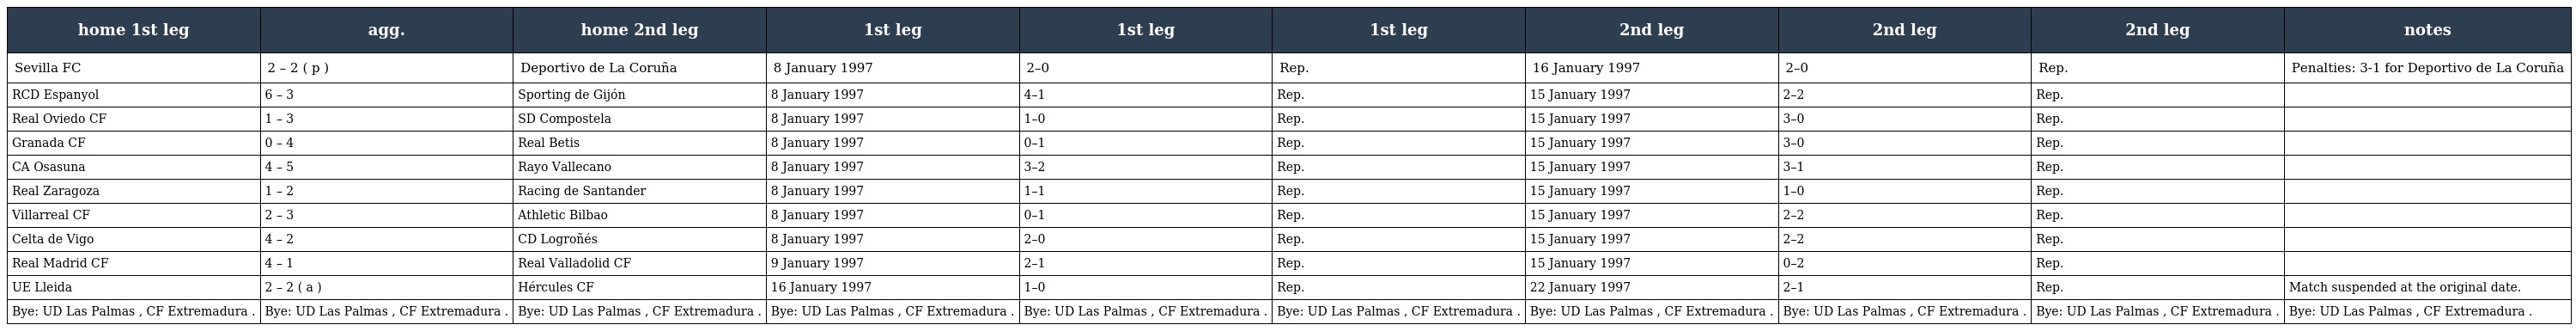
| home 1st leg | agg. | home 2nd leg | 1st leg | 1st leg | 1st leg | 2nd leg | 2nd leg | 2nd leg | notes |
 | --- | --- | --- | --- | --- | --- | --- | --- | --- | --- |
 | Sevilla FC | 2 – 2 ( p ) | Deportivo de La Coruña | 8 January 1997 | 2–0 | Rep. | 16 January 1997 | 2–0 | Rep. | Penalties: 3-1 for Deportivo de La Coruña |
 | RCD Espanyol | 6 – 3 | Sporting de Gijón | 8 January 1997 | 4–1 | Rep. | 15 January 1997 | 2–2 | Rep. |  |
 | Real Oviedo CF | 1 – 3 | SD Compostela | 8 January 1997 | 1–0 | Rep. | 15 January 1997 | 3–0 | Rep. |  |
 | Granada CF | 0 – 4 | Real Betis | 8 January 1997 | 0–1 | Rep. | 15 January 1997 | 3–0 | Rep. |  |
 | CA Osasuna | 4 – 5 | Rayo Vallecano | 8 January 1997 | 3–2 | Rep. | 15 January 1997 | 3–1 | Rep. |  |
 | Real Zaragoza | 1 – 2 | Racing de Santander | 8 January 1997 | 1–1 | Rep. | 15 January 1997 | 1–0 | Rep. |  |
 | Villarreal CF | 2 – 3 | Athletic Bilbao | 8 January 1997 | 0–1 | Rep. | 15 January 1997 | 2–2 | Rep. |  |
 | Celta de Vigo | 4 – 2 | CD Logroñés | 8 January 1997 | 2–0 | Rep. | 15 January 1997 | 2–2 | Rep. |  |
 | Real Madrid CF | 4 – 1 | Real Valladolid CF | 9 January 1997 | 2–1 | Rep. | 15 January 1997 | 0–2 | Rep. |  |
 | UE Lleida | 2 – 2 ( a ) | Hércules CF | 16 January 1997 | 1–0 | Rep. | 22 January 1997 | 2–1 | Rep. | Match suspended at the original date. |
 | Bye: UD Las Palmas , CF Extremadura . | Bye: UD Las Palmas , CF Extremadura . | Bye: UD Las Palmas , CF Extremadura . | Bye: UD Las Palmas , CF Extremadura . | Bye: UD Las Palmas , CF Extremadura . | Bye: UD Las Palmas , CF Extremadura . | Bye: UD Las Palmas , CF Extremadura . | Bye: UD Las Palmas , CF Extremadura . | Bye: UD Las Palmas , CF Extremadura . | Bye: UD Las Palmas , CF Extremadura . |